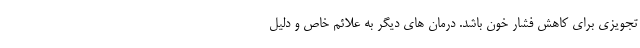
تجویزی برای کاهش فشار خون باشد. درمان های دیگر به علائم خاص و دلیل